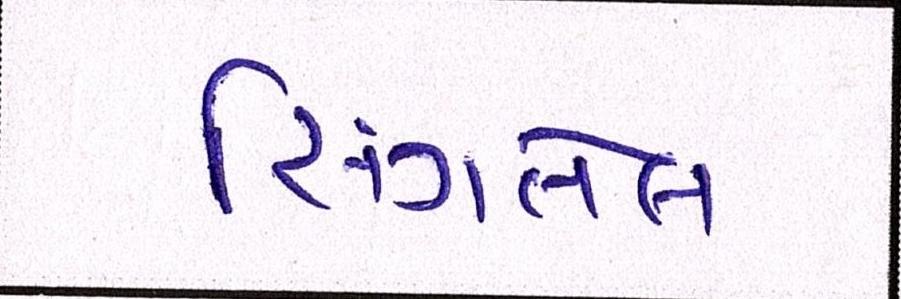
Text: સિંગતેલ